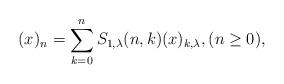
LaTeX: \begin{align*}(x)_{n}=\sum_{k=0}^{n}S_{1,\lambda}(n,k)(x)_{k,\lambda},(n\ge 0),\end{align*}